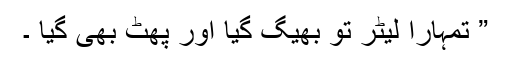
” تمہارا لیٹر تو بھیگ گیا اور پھٹ بھی گیا ۔